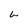
Character: L